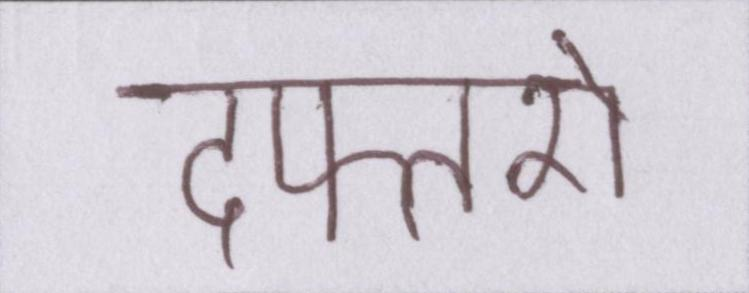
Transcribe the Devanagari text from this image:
दफ्तरों